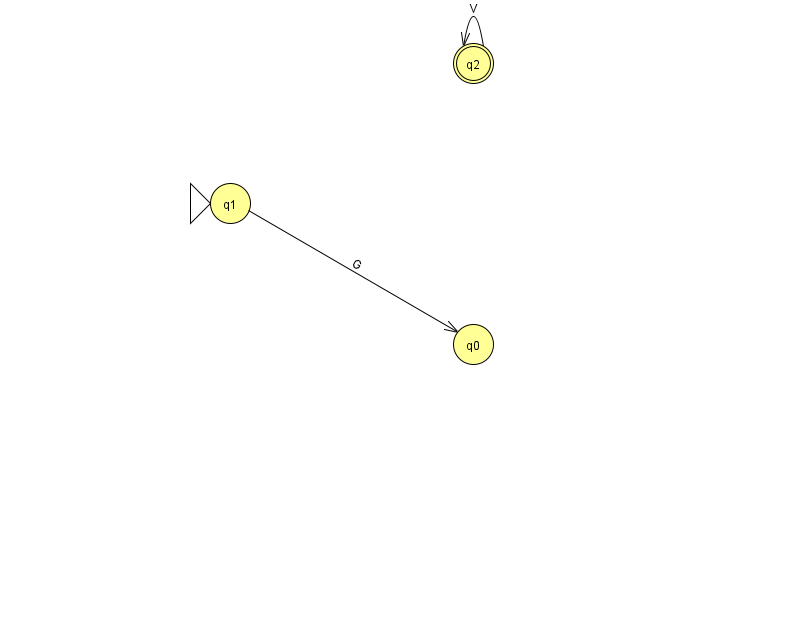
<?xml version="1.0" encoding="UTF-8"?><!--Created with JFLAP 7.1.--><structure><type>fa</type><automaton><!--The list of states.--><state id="0" name="q0"><x>473.0</x><y>331.0</y></state><state id="1" name="q1"><x>230.0</x><y>190.0</y><initial/></state><state id="2" name="q2"><x>473.0</x><y>50.0</y><final/></state><!--The list of transitions.--><transition><from>1</from><to>0</to><read>G</read></transition><transition><from>2</from><to>2</to><read>V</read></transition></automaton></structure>